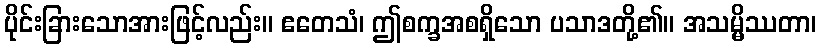
ပိုင်းခြားသောအားဖြင့်လည်း။ ဧတေသံ၊ ဤစက္ခအစရှိသော ပသာဒတို့၏။ အသမ္မိဿတာ၊